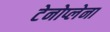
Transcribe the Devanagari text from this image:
टेनोप्लेना